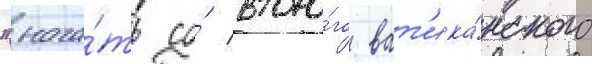
"нача́ть со́ второ́го ват'ика́нского